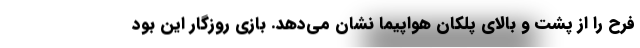
فرح را از پشت و بالای پلکان هواپیما نشان می‌دهد. بازی روزگار این بود